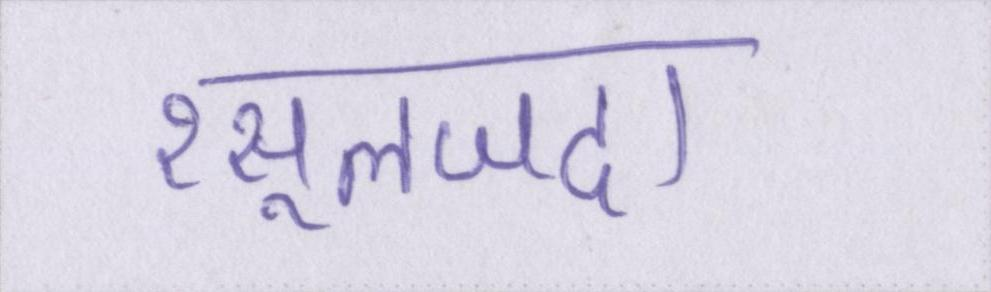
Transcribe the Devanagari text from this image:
रसूलजदा